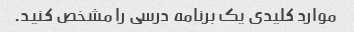
موارد کلیدی یک برنامه درسی را مشخص کنید.